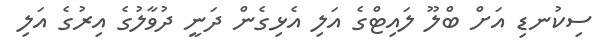
ސިކުނޑި އަށް ބްލޫ ލައިޓްގެ އަލި އެޅިގެން ދަނީ ދުވާލުގެ އިރުގެ އަލި